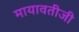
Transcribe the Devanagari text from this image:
मायावतीजी